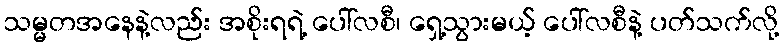
သမ္မတအနေနဲ့လည်း အစိုးရရဲ့ ပေါ်လစီ၊ ရှေ့သွားမယ့် ပေါ်လစီနဲ့ ပတ်သက်လို့